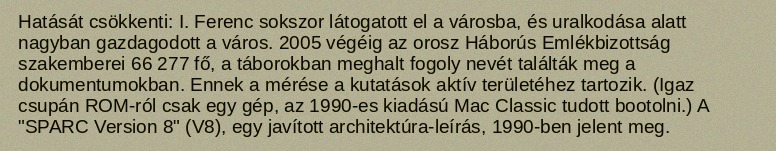
Hatását csökkenti: I. Ferenc sokszor látogatott el a városba, és uralkodása alatt nagyban gazdagodott a város. 2005 végéig az orosz Háborús Emlékbizottság szakemberei 66 277 fő, a táborokban meghalt fogoly nevét találták meg a dokumentumokban. Ennek a mérése a kutatások aktív területéhez tartozik. (Igaz csupán ROM-ról csak egy gép, az 1990-es kiadású Mac Classic tudott bootolni.) A "SPARC Version 8" (V8), egy javított architektúra-leírás, 1990-ben jelent meg.